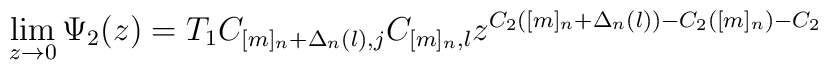
\lim_{z \rightarrow 0} \Psi_2 (z)=T_1 C_{[m]_n +\Delta_n (l), j}C_{[m]_n , l}z^{C_2 ([m]_n +\Delta_n (l))-C_2 ([m]_n)-C_2}